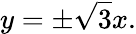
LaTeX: y=\pm{\sqrt{3}}x.